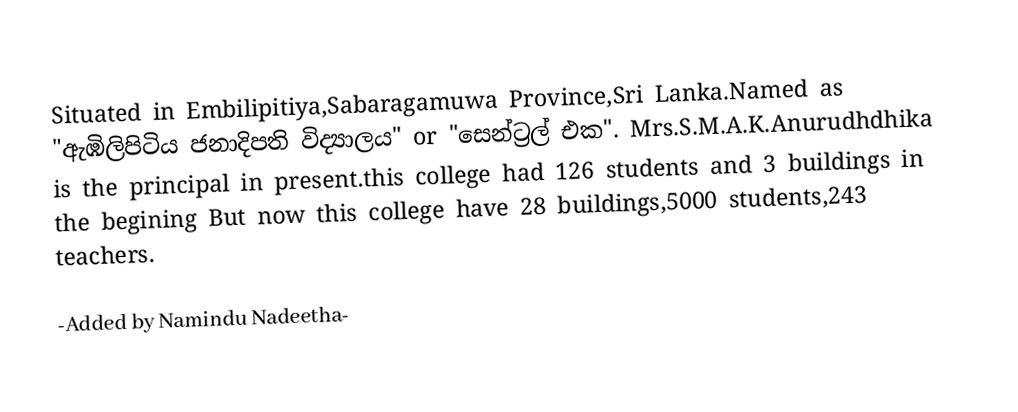
Situated in Embilipitiya,Sabaragamuwa Province,Sri Lanka.Named as "ඇඹිලිපිටිය ජනාදිපති විද්‍යාලය" or "සෙන්ට්‍රල් එක". Mrs.S.M.A.K.Anurudhdhika is the principal in present.this college had 126 students and 3 buildings in the begining But now this college have 28 buildings,5000 students,243 teachers.

-Added by Namindu Nadeetha-